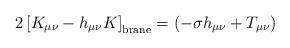
LaTeX: \begin{align*}2 \left[ K_{\mu\nu} - h_{\mu\nu} K \right]_{\rm{brane}} = \left( - \sigma h_{\mu\nu} + T_{\mu\nu} \right)\end{align*}